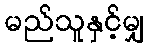
မည်သူနှင့်မျှ